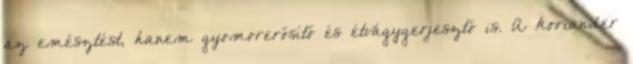
az emésztést, hanem gyomorerősítő és étvágygerjesztő is. A koriander